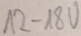
Text: 12-18V